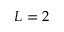
L = 2